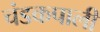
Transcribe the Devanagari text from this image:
चंडकपाली